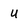
Character: u